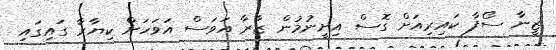
ޒީނާ ސޯފާ ކައިރިއަށް ގޮސް އިށީނުމުން ޒާރާ އަވަސް އަވަހަށް ކިޔާރާ ގައިގައި